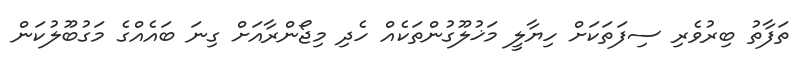
ތަފާތު ބިރުވެރި ސިފަތަކަށް ހިޔާލީ މަޚުލޫގުންތަކެއް ހެދި މިޖޯންރާއަށް ގިނަ ބައެއްގެ މަގުބޫލުކަން